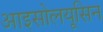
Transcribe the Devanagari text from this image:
आइसोलयूसिन